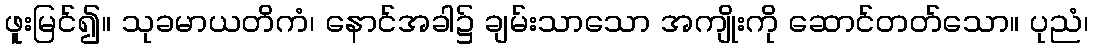
ဖူးမြင်၍။ သုခမာယတိကံ၊ နောင်အခါ၌ ချမ်းသာသော အကျိုးကို ဆောင်တတ်သော။ ပုညံ၊